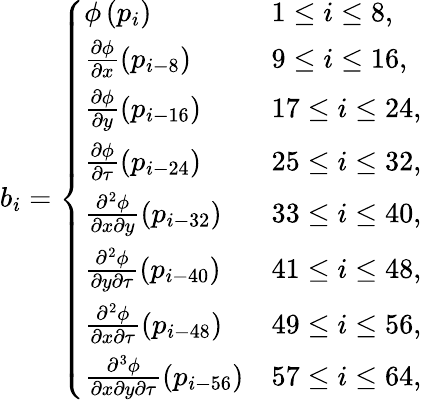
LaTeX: b_{i}=\left\{ \begin{array}{ll}{\phi\left(p_{i}\right)}&{1\leq i\leq 8,}\\ {\frac{\partial\phi}{\partial x}\left(p_{i-8}\right)}&{9\leq i\leq 16,}\\ {\frac{\partial\phi}{\partial y}\left(p_{i-16}\right)}&{17\leq i\leq 24,}\\ {\frac{\partial\phi}{\partial\tau}\left(p_{i-24}\right)}&{25\leq i\leq 32,}\\ {\frac{\partial^{2}\phi}{\partial x\partial y}\left(p_{i-32}\right)}&{33\leq i\leq 40,}\\ {\frac{\partial^{2}\phi}{\partial y\partial\tau}\left(p_{i-40}\right)}&{41\leq i\leq 48,}\\ {\frac{\partial^{2}\phi}{\partial x\partial\tau}\left(p_{i-48}\right)}&{49\leq i\leq 56,}\\ {\frac{\partial^{3}\phi}{\partial x\partial y\partial\tau}\left(p_{i-56}\right)}&{57\leq i\leq 64,}\end{array}\right.